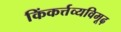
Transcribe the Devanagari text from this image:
किंकर्त्तव्यविमूढ़